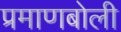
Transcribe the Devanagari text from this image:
प्रमाणबोली